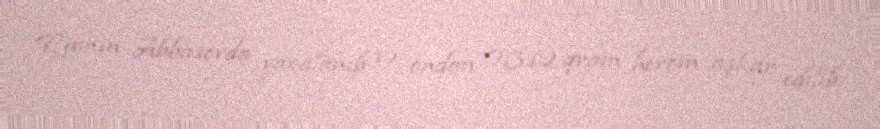
Ramin Abbasovda yaxalanıb və ondan 0,312 qram heroin aşkar edilib.